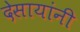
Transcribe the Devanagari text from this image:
देसायांनी